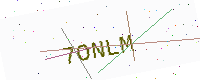
Text: 7ONLM